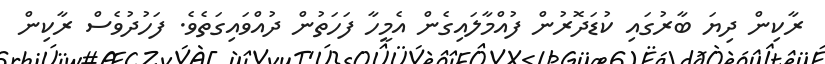
ރާކިން ދިޔަ ބާރުގައި ކުޑަދޮރުން ފުއްމާލައިގެން އެމީހާ ފަހަތުން ދުއްވައިގަތެވެ. ފަހުދުވެސް ރާކިން